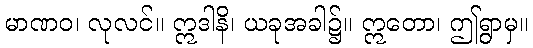
မာဏဝ၊ လုလင်။ ဣဒါနိ၊ ယခုအခါ၌။ ဣတော၊ ဤရွာမှ။